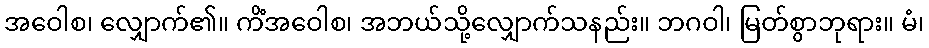
အဝေါစ၊ လျှောက်၏။ ကိံအဝေါစ၊ အဘယ်သို့လျှောက်သနည်း။ ဘဂဝါ၊ မြတ်စွာဘုရား။ မံ၊